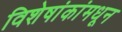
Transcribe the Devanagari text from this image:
विशेषांकांमधून